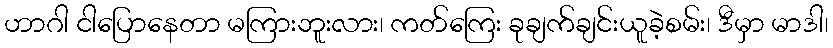
ဟာဂါ ငါပြောနေတာ မကြားဘူးလား၊ ကတ်ကြေး ခုချက်ချင်းယူခဲ့စမ်း၊ ဒီမှာ မာဒါ၊